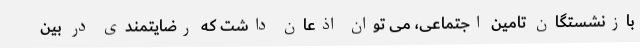
بازنشستگان تامین اجتماعی، می توان اذعان داشت که رضایتمندی در بین